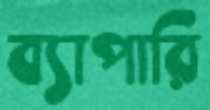
ব্যাপারি